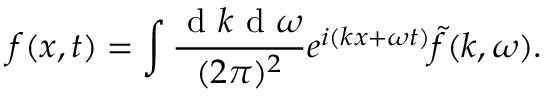
f ( x , t ) = \int \frac { \mathrm { ~ d ~ } k \mathrm { ~ d ~ } \omega } { ( 2 \pi ) ^ { 2 } } e ^ { i ( k x + \omega t ) } \tilde { f } ( k , \omega ) .